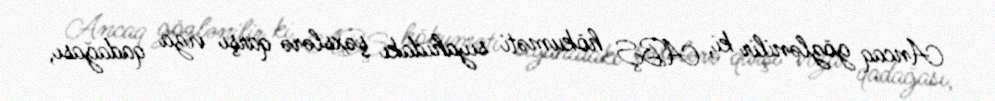
Ancaq gözlənilir ki, ABŞ hökuməti siyahıdakı şəxslərə qarşı viza qadağası,